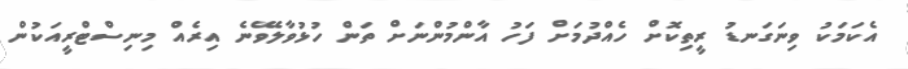
އެކަމަކު ވިނަގަނޑު ރީތިކޮށް ހެއްދުމަށް ފަހު އާންމުންނަށް ތަން ހުޅުވާލެވޭނެ އިރެއް މިނިސްޓްރީއަކުން